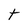
Character: t